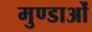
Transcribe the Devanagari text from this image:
मुण्डाओं